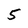
Character: 5